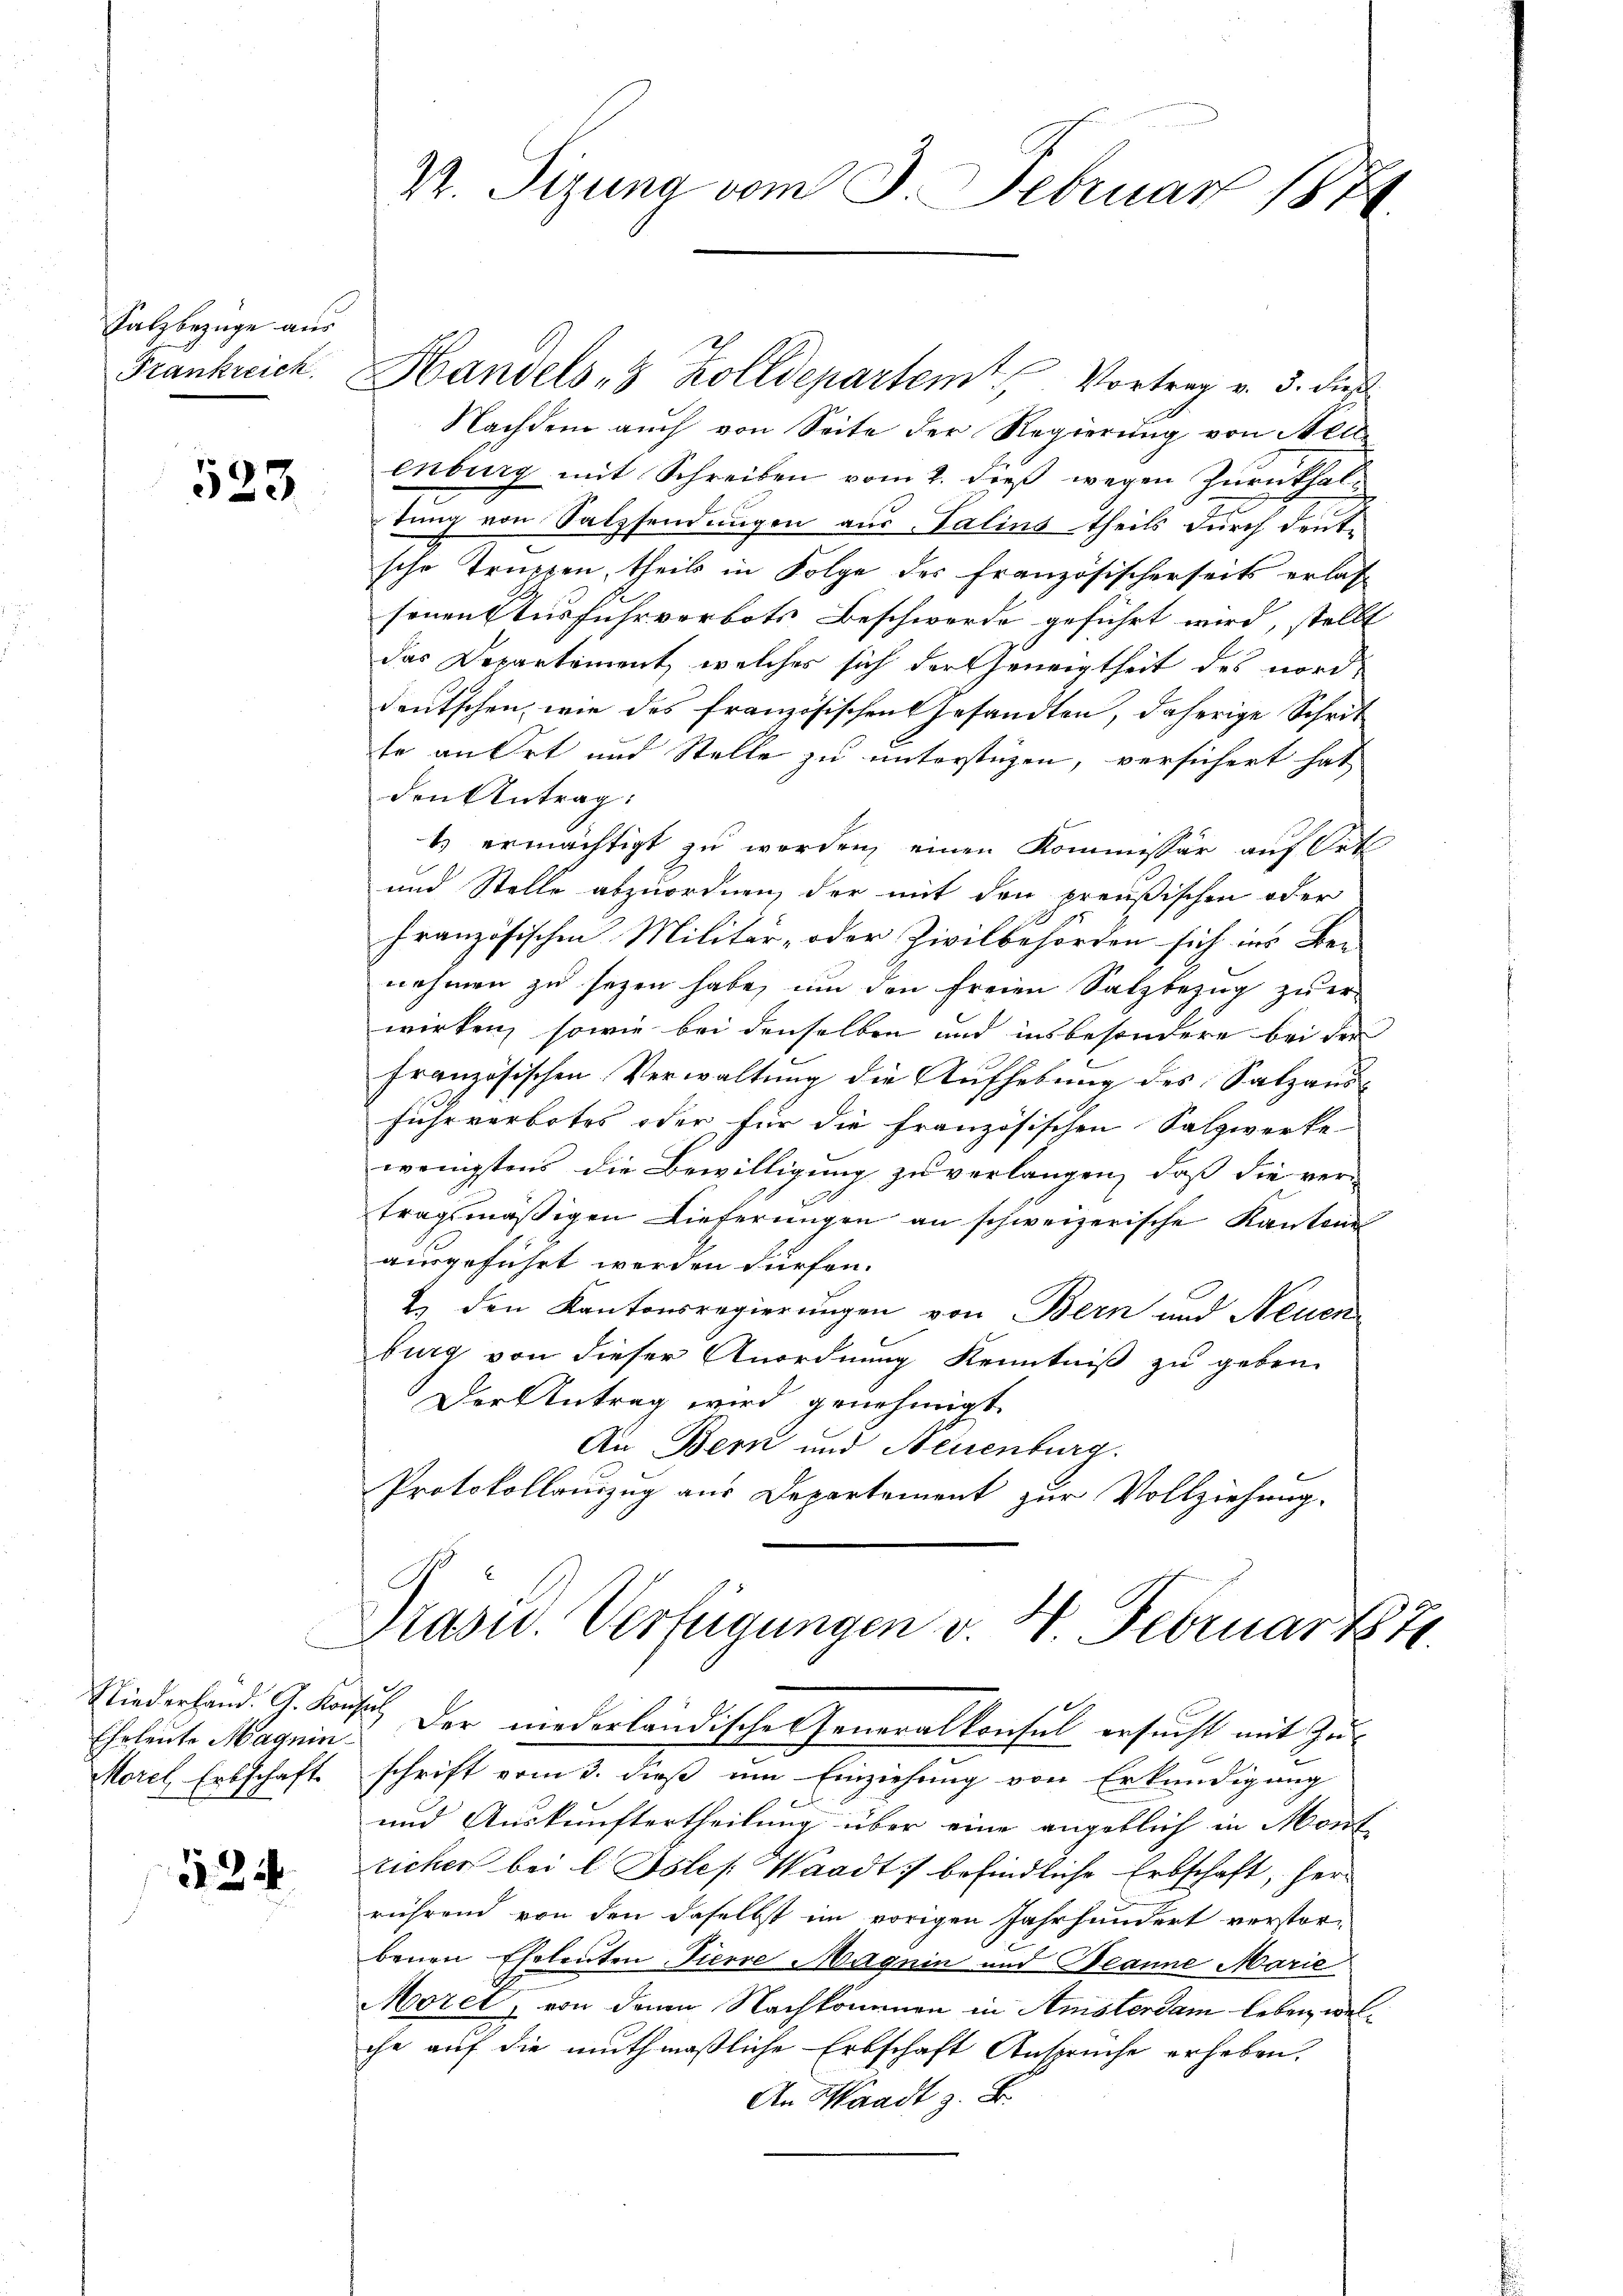
Salzbezüge aus
Frankreich

523

E
Eheleute Magnin¬
Morel Erbschaft.

524

2. Sizung vom 3. Februar 1874.

Handels- & Zolldepartem Vortrag v. 3. dieß
Nachdem auch von Seite der Regierung von Aeu
enburg mit Schreiben vom 2. dieß wegen Zurückhaltung von Salzsendungen aus Taling theils durch deute
sche Truppen, theils in Folge des französischerseits erlas
senen Ausfuhrverbots Beschwerde geführt wird, stellt
das Departement, welches sich der Geneigtheit des nord-
deutschen, wie des französischen Gesandten, daherige Schrit
te an Ort und Stelle zu unterstüzen, versichert hat
den Antrag:
t) ermächtigt zu werden, einen Kommissär auf Ort
und Stelle abzuordnen, der mit den preußischen oder
französischen Militär- oder Zivilbehörden sich ins Be-
nehmen zu sezen habe, um den freien Salzbezug zu er-
wirken, sowie bei denselben und insbesondere bei der
französischen Verwaltung die Aufhebung des Salzausfuhrverbotes oder für die Französischen Salzwerke-
wenigstens die Bewilligung zu verlangen, daß die ver-
tragsmäßigen Lieferungen an schweizerische Kantona
ausgeführt werden dürfen.
2. den Kantonsregierungen von Bern und Neuen
burg von dieser Anordnung Kenntniß zu geben.
Der Antrag wird genehmigt.
An Bern und Neuenburg.
Protokollauszug aus Departement zur Vollziehung.

Präsid. Verfügungen v. 4. Februar 1871.
Niederhand. G. Konsul der niederländische Generalkonsul ersucht mit Zu¬

schrift vom 3. dieß um Einziehung von Erkundigung
und Auskunftertheilung über eine angeblich in Mont
richer bei l. Jsles: Waadt befindliche Erbschaft, herrührend von den daselbst im vorigen Jahrhundert verstorbenen Eheleuten Tiere Magnin und Beanne Marie
Morel, von denen Nachkommen in Ansterdam leben, welche auf die muthmaßliche Erbschaft Ansprüche erheben.
An Waadt z. B.